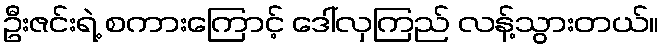
ဦးဇင်းရဲ့ စကားကြောင့် ဒေါ်လှကြည် လန့်သွားတယ်။